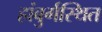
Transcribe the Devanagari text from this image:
हांबुर्गस्थित